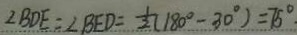
\angle B D E = \angle B E D = \frac { 1 } { 2 } ( 1 8 0 ^ { \circ } - 3 0 ^ { \circ } ) = 7 5 ^ { \circ } .